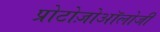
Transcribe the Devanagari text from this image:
प्रोटोज़ोऑलोजी